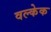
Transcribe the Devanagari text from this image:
वल्केक